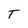
Character: T